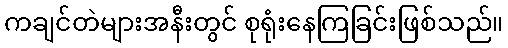
ကချင်တဲများအနီးတွင် စုရုံးနေကြခြင်းဖြစ်သည်။